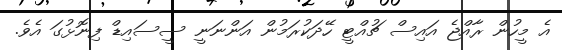
އެ މީހުން ރާއްޖެ އައިސް ޗުއްޓީ ހޭދަކުރަމުން އަންނަނީ ސީސައިޑް ފިނޮޅުގަ އެވެ.